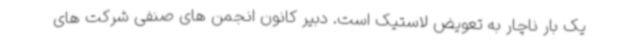
یک بار ناچار به تعویض لاستیک است. دبیر کانون انجمن های صنفی شرکت های